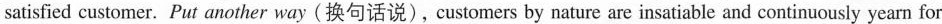
satisfied customer. Put another way (换句话说), customers by nature are insatiable and continuously yearn for